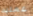
عمليه